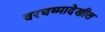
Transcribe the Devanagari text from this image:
वरचष्मादेखील